Newspaper: Las Vegas daily optic. [volume]
Place of publication: Las Vegas, N.M.
Publisher: R.A. Kistler
Date: 1900-07-11 00:00:00
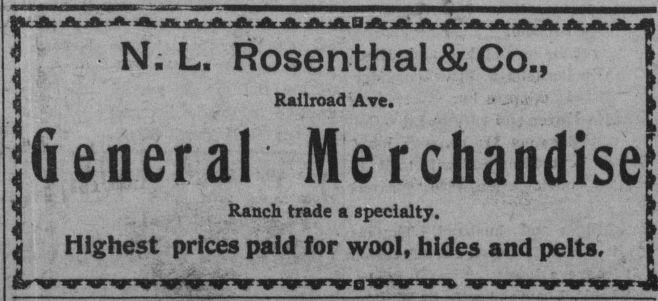
Advertisement text (OCR):
N- L. Rosenthal & Co., Railroad General Merchandise! Ranch trade a specialty, F 11 9 ..t 4. . ! J A a W i 4 i mgnesi prices paiu ior Ave. wuoi, niaes ana peiw, i
Label: text-only